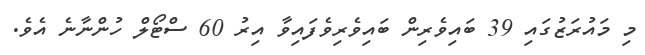
މި މައުރަޒުގައި 39 ބައިވެރިން ބައިވެރިވެފައިވާ އިރު 60 ސްޓޯލް ހުންނާނެ އެވެ.